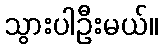
သွားပါဦးမယ်။